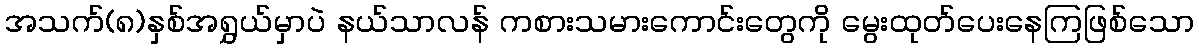
အသက်(၈)နှစ်အရွှယ်မှာပဲ နယ်သာလန် ကစားသမားကောင်းတွေကို မွေးထုတ်ပေးနေကြဖြစ်သော